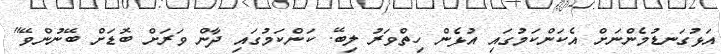
އަޅުގަނޑުމެންނަށް އެކަންކަމުގައި އުޅެން ހިތްވަރު ލިބޭ. ކަންކަމުގައި ދާން ވަރަށް ބޮޑަށް ބޭނުންވޭ"